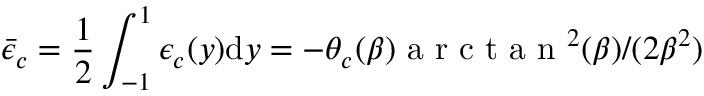
\bar { \epsilon } _ { c } = \frac { 1 } { 2 } \int _ { - 1 } ^ { 1 } \epsilon _ { c } ( y ) \mathrm { d } y = - \theta _ { c } ( \beta ) \mathrm { ~ a ~ r ~ c ~ t ~ a ~ n ~ } ^ { 2 } ( \beta ) / ( 2 \beta ^ { 2 } )